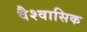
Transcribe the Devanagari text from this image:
वैश्वासिक